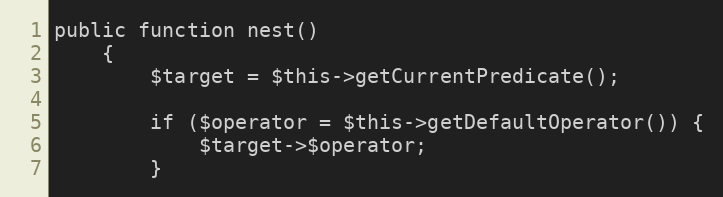
Language: PHP
public function nest()
    {
        $target = $this->getCurrentPredicate();

        if ($operator = $this->getDefaultOperator()) {
            $target->$operator;
        }